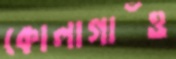
কোলাগাঁও